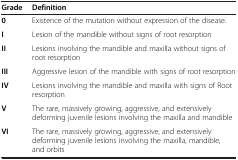
<table><thead><tr><td><b>Grade</b></td><td><b>Definition</b></td></tr></thead><tbody><tr><td><b>0</b></td><td>Existence of the mutation without expression of the disease.</td></tr><tr><td><b>I</b></td><td>Lesion of the mandible without signs of root resorption</td></tr><tr><td><b>II</b></td><td>Lesions involving the mandible and maxilla without signs of root resorption</td></tr><tr><td><b>III</b></td><td>Aggressive lesion of the mandible with signs of root resorption</td></tr><tr><td><b>IV</b></td><td>Lesions involving the mandible and maxilla with signs of Root resorption</td></tr><tr><td><b>V</b></td><td>The rare, massively growing, aggressive, and extensively deforming juvenile lesions involving the maxilla and mandible</td></tr><tr><td><b>VI</b></td><td>The rare, massively growing, aggressive, and extensively deforming juvenile lesions involving the maxilla, mandible, and orbits</td></tr></tbody></table>